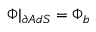
\Phi | _ { \partial A d S } = \Phi _ { b }